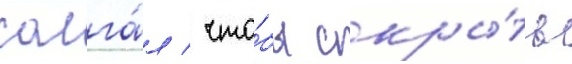
солга́л / что́бы скры́ть